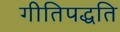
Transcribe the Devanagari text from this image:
गीतिपद्धति